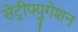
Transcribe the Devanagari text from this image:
सेंट्रीफ्युगेशन